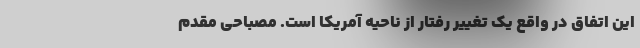
این اتفاق در واقع یک تغییر رفتار از ناحیه‌ آمریکا است. مصباحی مقدم